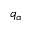
q _ { \alpha }